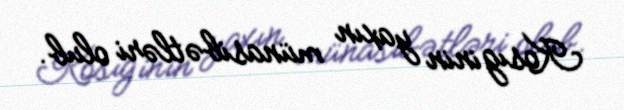
Kosıginin yaxın münasibətləri olub.